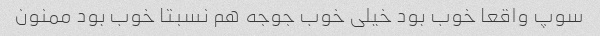
سوپ واقعا خوب بود خیلی خوب جوجه هم نسبتا خوب بود ممنون